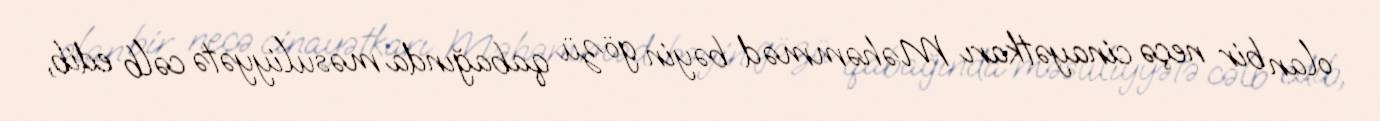
olan bir neçə cinayətkarı Məhəmməd bəyin gözü qabağında məsuliyyətə cəlb edib,